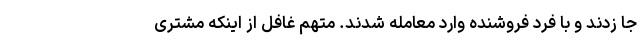
جا زدند و با فرد فروشنده وارد معامله شدند. متهم غافل از اینکه مشتری